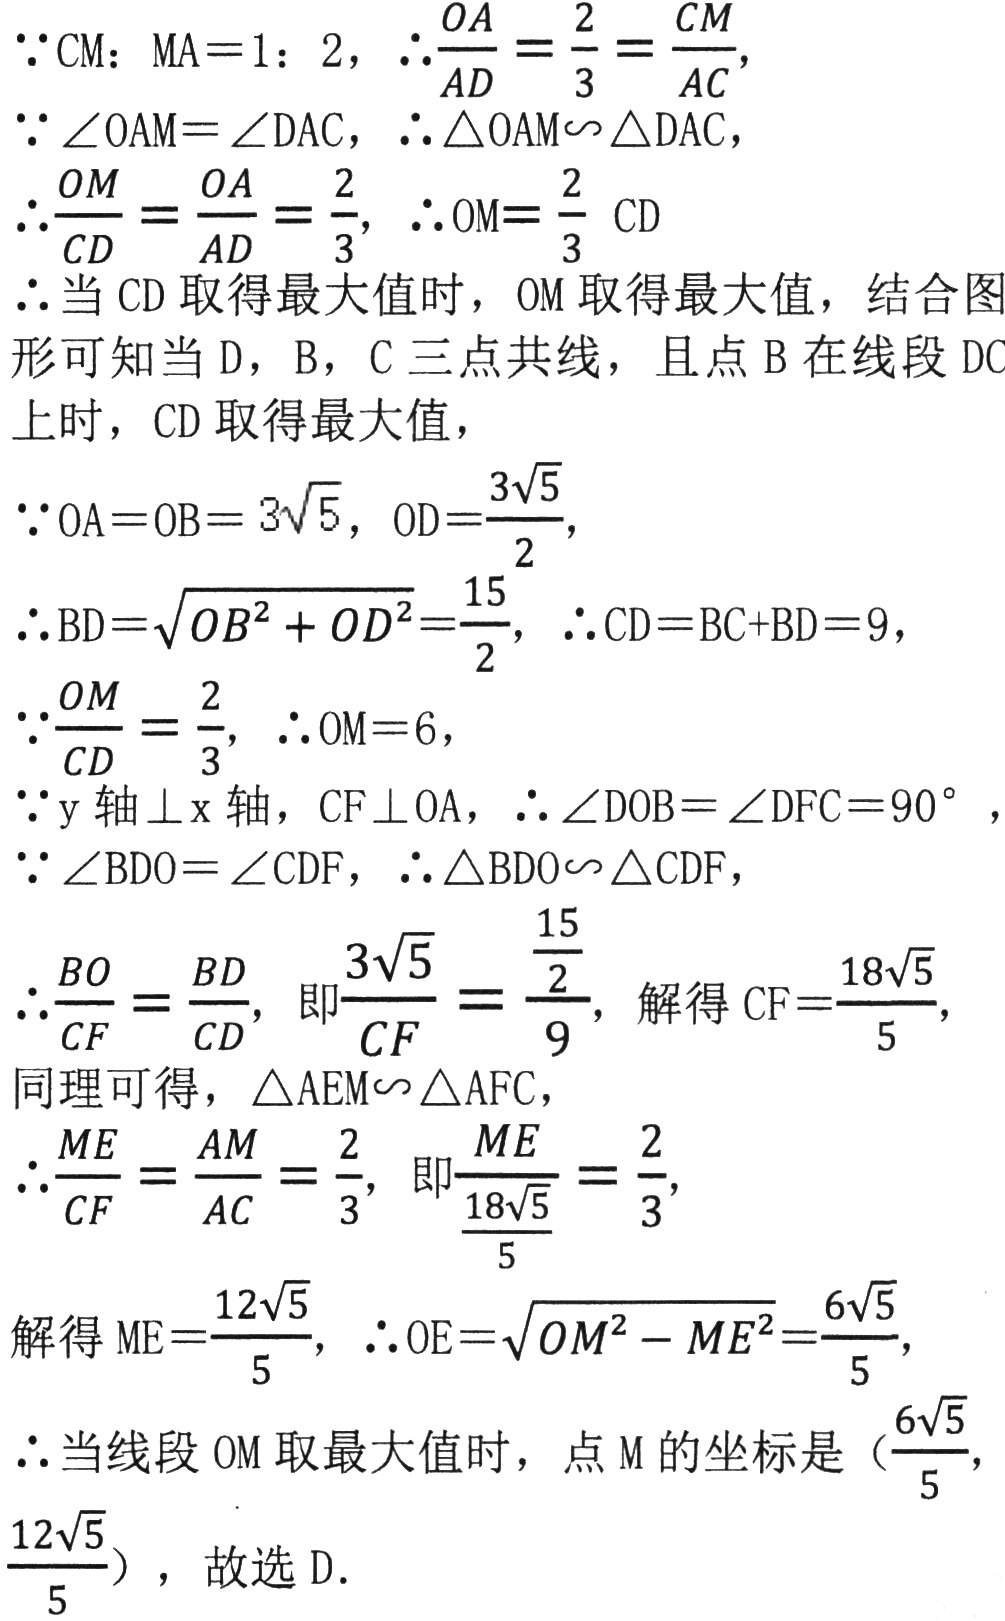
\(\because \text{CM}:\text{MA}=1:2\)，\(\therefore\frac{OA}{AD}=\frac{2}{3}=\frac{CM}{AC}\)，
\(\because\angle OAM = \angle DAC\)，\(\therefore\triangle OAM\backsim\triangle DAC\)，
\(\therefore\frac{OM}{CD}=\frac{OA}{AD}=\frac{2}{3}\)，\(\therefore OM=\frac{2}{3}CD\)
\(\therefore\)当\(CD\)取得最大值时，\(OM\)取得最大值，结合图形可知当\(D\)，\(B\)，\(C\)三点共线，且点\(B\)在线段\(DC\)上时，\(CD\)取得最大值，
\(\because OA = OB = 3\sqrt{5}\)，\(OD=\frac{3\sqrt{5}}{2}\)，
\(\therefore BD=\sqrt{OB^{2}+OD^{2}}=\frac{15}{2}\)，\(\therefore CD = BC + BD = 9\)，
\(\because\frac{OM}{CD}=\frac{2}{3}\)，\(\therefore OM = 6\)，
\(\because y\)轴\(\perp x\)轴，\(CF\perp OA\)，\(\therefore\angle DOB=\angle DFC = 90^{\circ}\)，
\(\because\angle BDO=\angle CDF\)，\(\therefore\triangle BDO\backsim\triangle CDF\)，
\(\therefore\frac{BO}{CF}=\frac{BD}{CD}\)，即\(\frac{3\sqrt{5}}{CF}=\frac{\frac{15}{2}}{9}\)，解得\(CF=\frac{18\sqrt{5}}{5}\)，
同理可得，\(\triangle AEM\backsim\triangle AFC\)，
\(\therefore\frac{ME}{CF}=\frac{AM}{AC}=\frac{2}{3}\)，即\(\frac{ME}{\frac{18\sqrt{5}}{5}}=\frac{2}{3}\)，
解得\(ME = \frac{12\sqrt{5}}{5}\)，\(\therefore OE=\sqrt{OM^{2}-ME^{2}}=\frac{6\sqrt{5}}{5}\)，
\(\therefore\)当线段\(OM\)取最大值时，点\(M\)的坐标是\((\frac{6\sqrt{5}}{5},\frac{12\sqrt{5}}{5})\)，故选D．